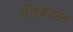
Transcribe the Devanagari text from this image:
ब्रँडबद्दल